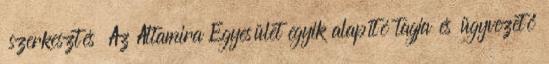
szerkesztés Az Altamira Egyesület egyik alapító tagja és ügyvezető